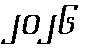
၂၀၂၆